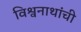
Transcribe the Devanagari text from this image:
विश्वनाथांची